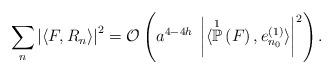
LaTeX: \begin{align*}\sum_{n} \left\vert \langle F , R_{n} \rangle \right\vert^{2} = \mathcal{O}\left( a^{4-4h} \; \left\vert \langle \overset{1}{\mathbb{P}}\left(F \right), e_{n_{0}}^{(1)} \rangle \right\vert^{2} \right). \end{align*}